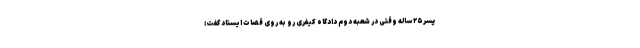
پسر ۲۵ ساله وقتی در شعبه دوم دادگاه کیفری رو به روی قضات ایستاد گفت: